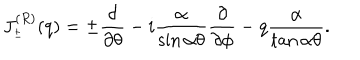
J _ { _ { \pm } } ^ { ( R ) } ( q ) = \pm \frac { \partial } { \partial \theta } - i \frac { \alpha } { \sin \alpha \theta } \frac { \partial } { \partial \phi } - q \frac { \alpha } { \tan \alpha \theta } .